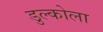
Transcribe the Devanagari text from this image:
डुल्कोला